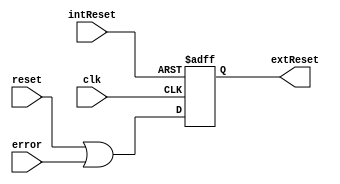
module bufferReset(
	input clk,
	input reset,
	input error,
	input intReset,
	output reg extReset);
	
	always @ (posedge clk or posedge intReset) begin
		if (intReset)
			extReset = 0;
		else
			extReset = (reset | error);
	end
	
endmodule